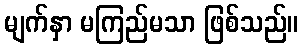
မျက်နှာ မကြည်မသာ ဖြစ်သည်။